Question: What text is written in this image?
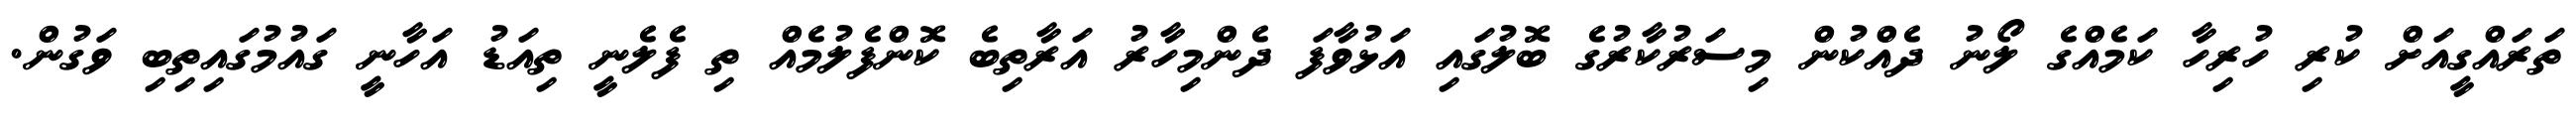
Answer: ތަރައްގީއަށް ކުރި ހުރިހާ ކަމެއްގެ ލޯނު ދެއްކުން މިސަރުކާރުގެ ބޮލުގައި އަޅުވާފަ ދެންމިހާރު އަރާތިބެ ކޮންފެލުމެއް ތި ފެލެނީ ތިއަޑު އަހާނީ ގައުމުގައިތިބި ވަގުން.